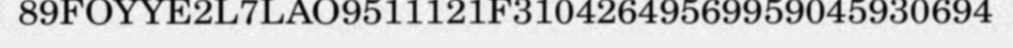
89FOYYE2L7LAO9511121F31042649569959045930694